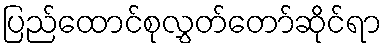
ပြည်ထောင်စုလွှတ်တော်ဆိုင်ရာ